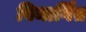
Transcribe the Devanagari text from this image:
विमार्गित